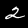
Label: 2